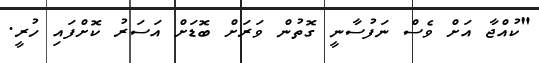
"ކުއްޖާ އަށް ވެސް ނަފުސާނީ ގޮތުން ވަރަށް ބޮޑަށް އަސަރު ކޮށްފައި ހުރީ.